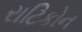
રાટિકોન